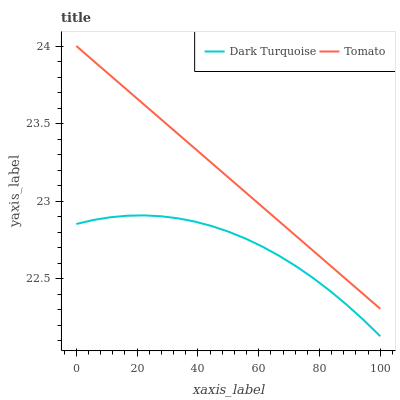
| xaxis_label | Dark Turquoise | Tomato |
 | --- | --- | --- |
 | 0 | 22.9 | 24 |
 | 5.56 | 22.9 | 23.9 |
 | 11.1 | 22.9 | 23.8 |
 | 16.7 | 22.9 | 23.7 |
 | 22.2 | 22.9 | 23.6 |
 | 27.8 | 22.9 | 23.5 |
 | 33.3 | 22.9 | 23.4 |
 | 38.9 | 22.9 | 23.3 |
 | 44.4 | 22.8 | 23.2 |
 | 50 | 22.8 | 23.2 |
 | 55.6 | 22.8 | 23.1 |
 | 61.1 | 22.7 | 23 |
 | 66.7 | 22.6 | 22.9 |
 | 72.2 | 22.6 | 22.8 |
 | 77.8 | 22.5 | 22.7 |
 | 83.3 | 22.4 | 22.6 |
 | 88.9 | 22.3 | 22.5 |
 | 94.4 | 22.2 | 22.4 |
 | 100 | 22.1 | 22.3 |